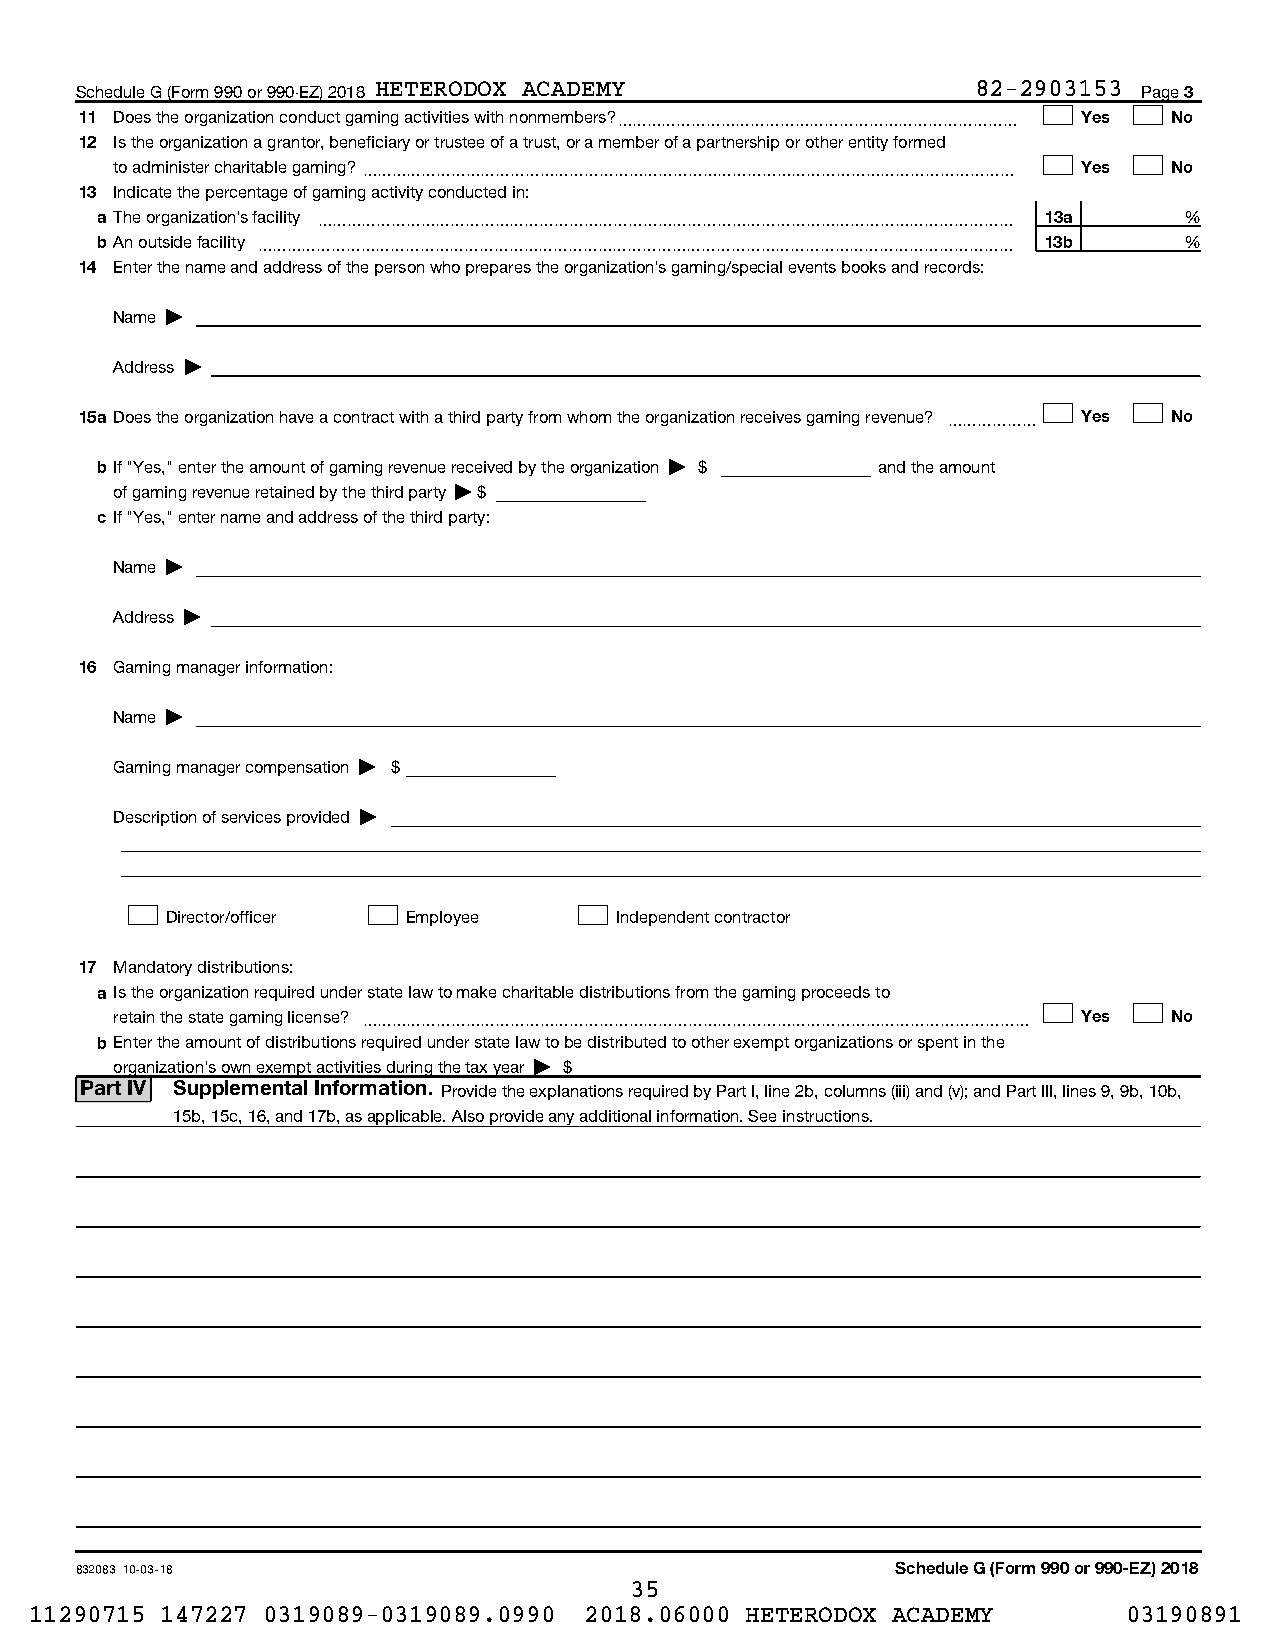
Schedule G (Form 990 or 990-EZ) 2018 HETERODOX ACADEMY      82-2903153 Page 3
 11 Does the organization conduct gaming activities with nonmembers?~~~~~~~~~~~~~~~~~~~~~~~~~~~ Yes No
 12 Is the organization a grantor, beneficiary or trustee of a trust, or a member of a partnership or other entity formed
 to administer charitable gaming?~~~~~~~~~~~~~~~~~~~~~~~~~~~~~~~~~~~~~~~~~~~~ Yes No
 13 Indicate the percentage of gaming activity conducted in:
 a The organization's facility ~~~~~~~~~~~~~~~~~~~~~~~~~~~~~~~~~~~~~~~~~~~~~~~ 13a %
 bAn outside facility ~~~~~~~~~~~~~~~~~~~~~~~~~~~~~~~~~~~~~~~~~~~~~~~~~~~ 13b %
 14 Enter the name and address of the person who prepares the organization's gaming/special events books and records:
 Name |
 Address |
 15a Does the organization have a contract with a third party from whom the organization receives gaming revenue? ~~~~~~ Yes No
 bIf "Yes," enter the amount of gaming revenue received by the organization | $ and the amount
 of gaming revenue retained by the third party | $
 c If "Yes," enter name and address of the third party:
 Name |
 Address |
 16 Gaming manager information:
 Name |
 Gaming manager compensation | $
 Description of services provided |
 Director/officer Employee     Independent contractor
 17 Mandatory distributions:
 a Is the organization required under state law to make charitable distributions from the gaming proceeds to
 retain the state gaming license? ~~~~~~~~~~~~~~~~~~~~~~~~~~~~~~~~~~~~~~~~~~~~~ Yes No
 bEnter the amount of distributions required under state law to be distributed to other exempt organizations or spent in the
 organization's own exempt activities during the tax year | $
 Part IV Supplemental Information. Provide the explanations required by Part I, line 2b, columns (iii) and (v); and Part III, lines 9, 9b, 10b,
 15b, 15c, 16, and 17b, as applicable. Also provide any additional information. See instructions.
 832083 10-03-18                                       Schedule G (Form 990 or 990-EZ) 2018
 35
 11290715 147227 0319089-0319089.0990 2018.06000 HETERODOX ACADEMY        03190891